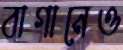
বাগানেও